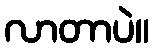
လာတာပဲ။